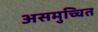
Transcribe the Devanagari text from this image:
असमुच्चित